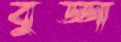
বুড্ডা